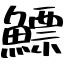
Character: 鰾